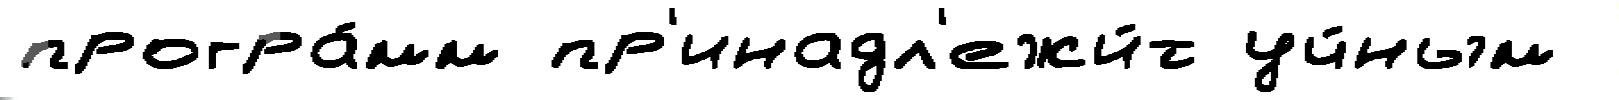
програ́мм пр'инадл'ежи́т уч́ным